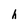
Character: h